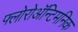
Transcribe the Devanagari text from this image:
फ्लोरोअॅन्टिमनिक